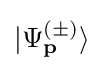
\vert {\Psi _{\mathbf {p} }^{(\pm )}}\rangle